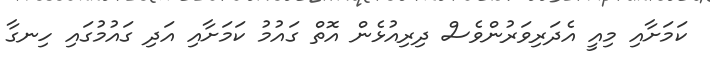
ކަމަށާއި މިއީ އެދަރިވަރުންވެސް ދިރިއުޅެން އޮތް ގައުމު ކަމަށާއި އަދި ގައުމުގައި ހިނގާ